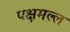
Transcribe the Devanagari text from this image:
पक्षमल्ल